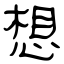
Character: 想